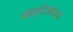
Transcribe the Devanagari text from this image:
बाह्यरेखांच्या